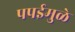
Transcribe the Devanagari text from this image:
पपईमुळे